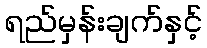
ရည်မှန်းချက်နှင့်